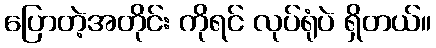
ပြောတဲ့အတိုင်း ကိုရင် လုပ်ရုံပဲ ရှိတယ်။